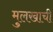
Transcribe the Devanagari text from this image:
मुलखाची